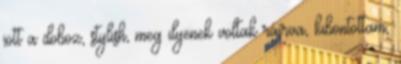
jött a doboz, stylish, meg ilyenek voltak ráírva, kibontottam,